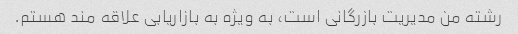
رشته من مدیریت بازرگانی است، به ویژه به بازاریابی علاقه مند هستم.